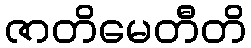
ဇာတိမေတီတိ